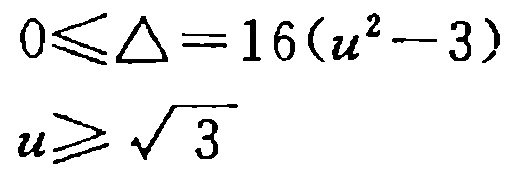
\[

0\leqslant\Delta = 16(u^{2}-3)\\

u\geqslant\sqrt{3}

\]